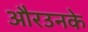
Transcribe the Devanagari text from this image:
औरउनके